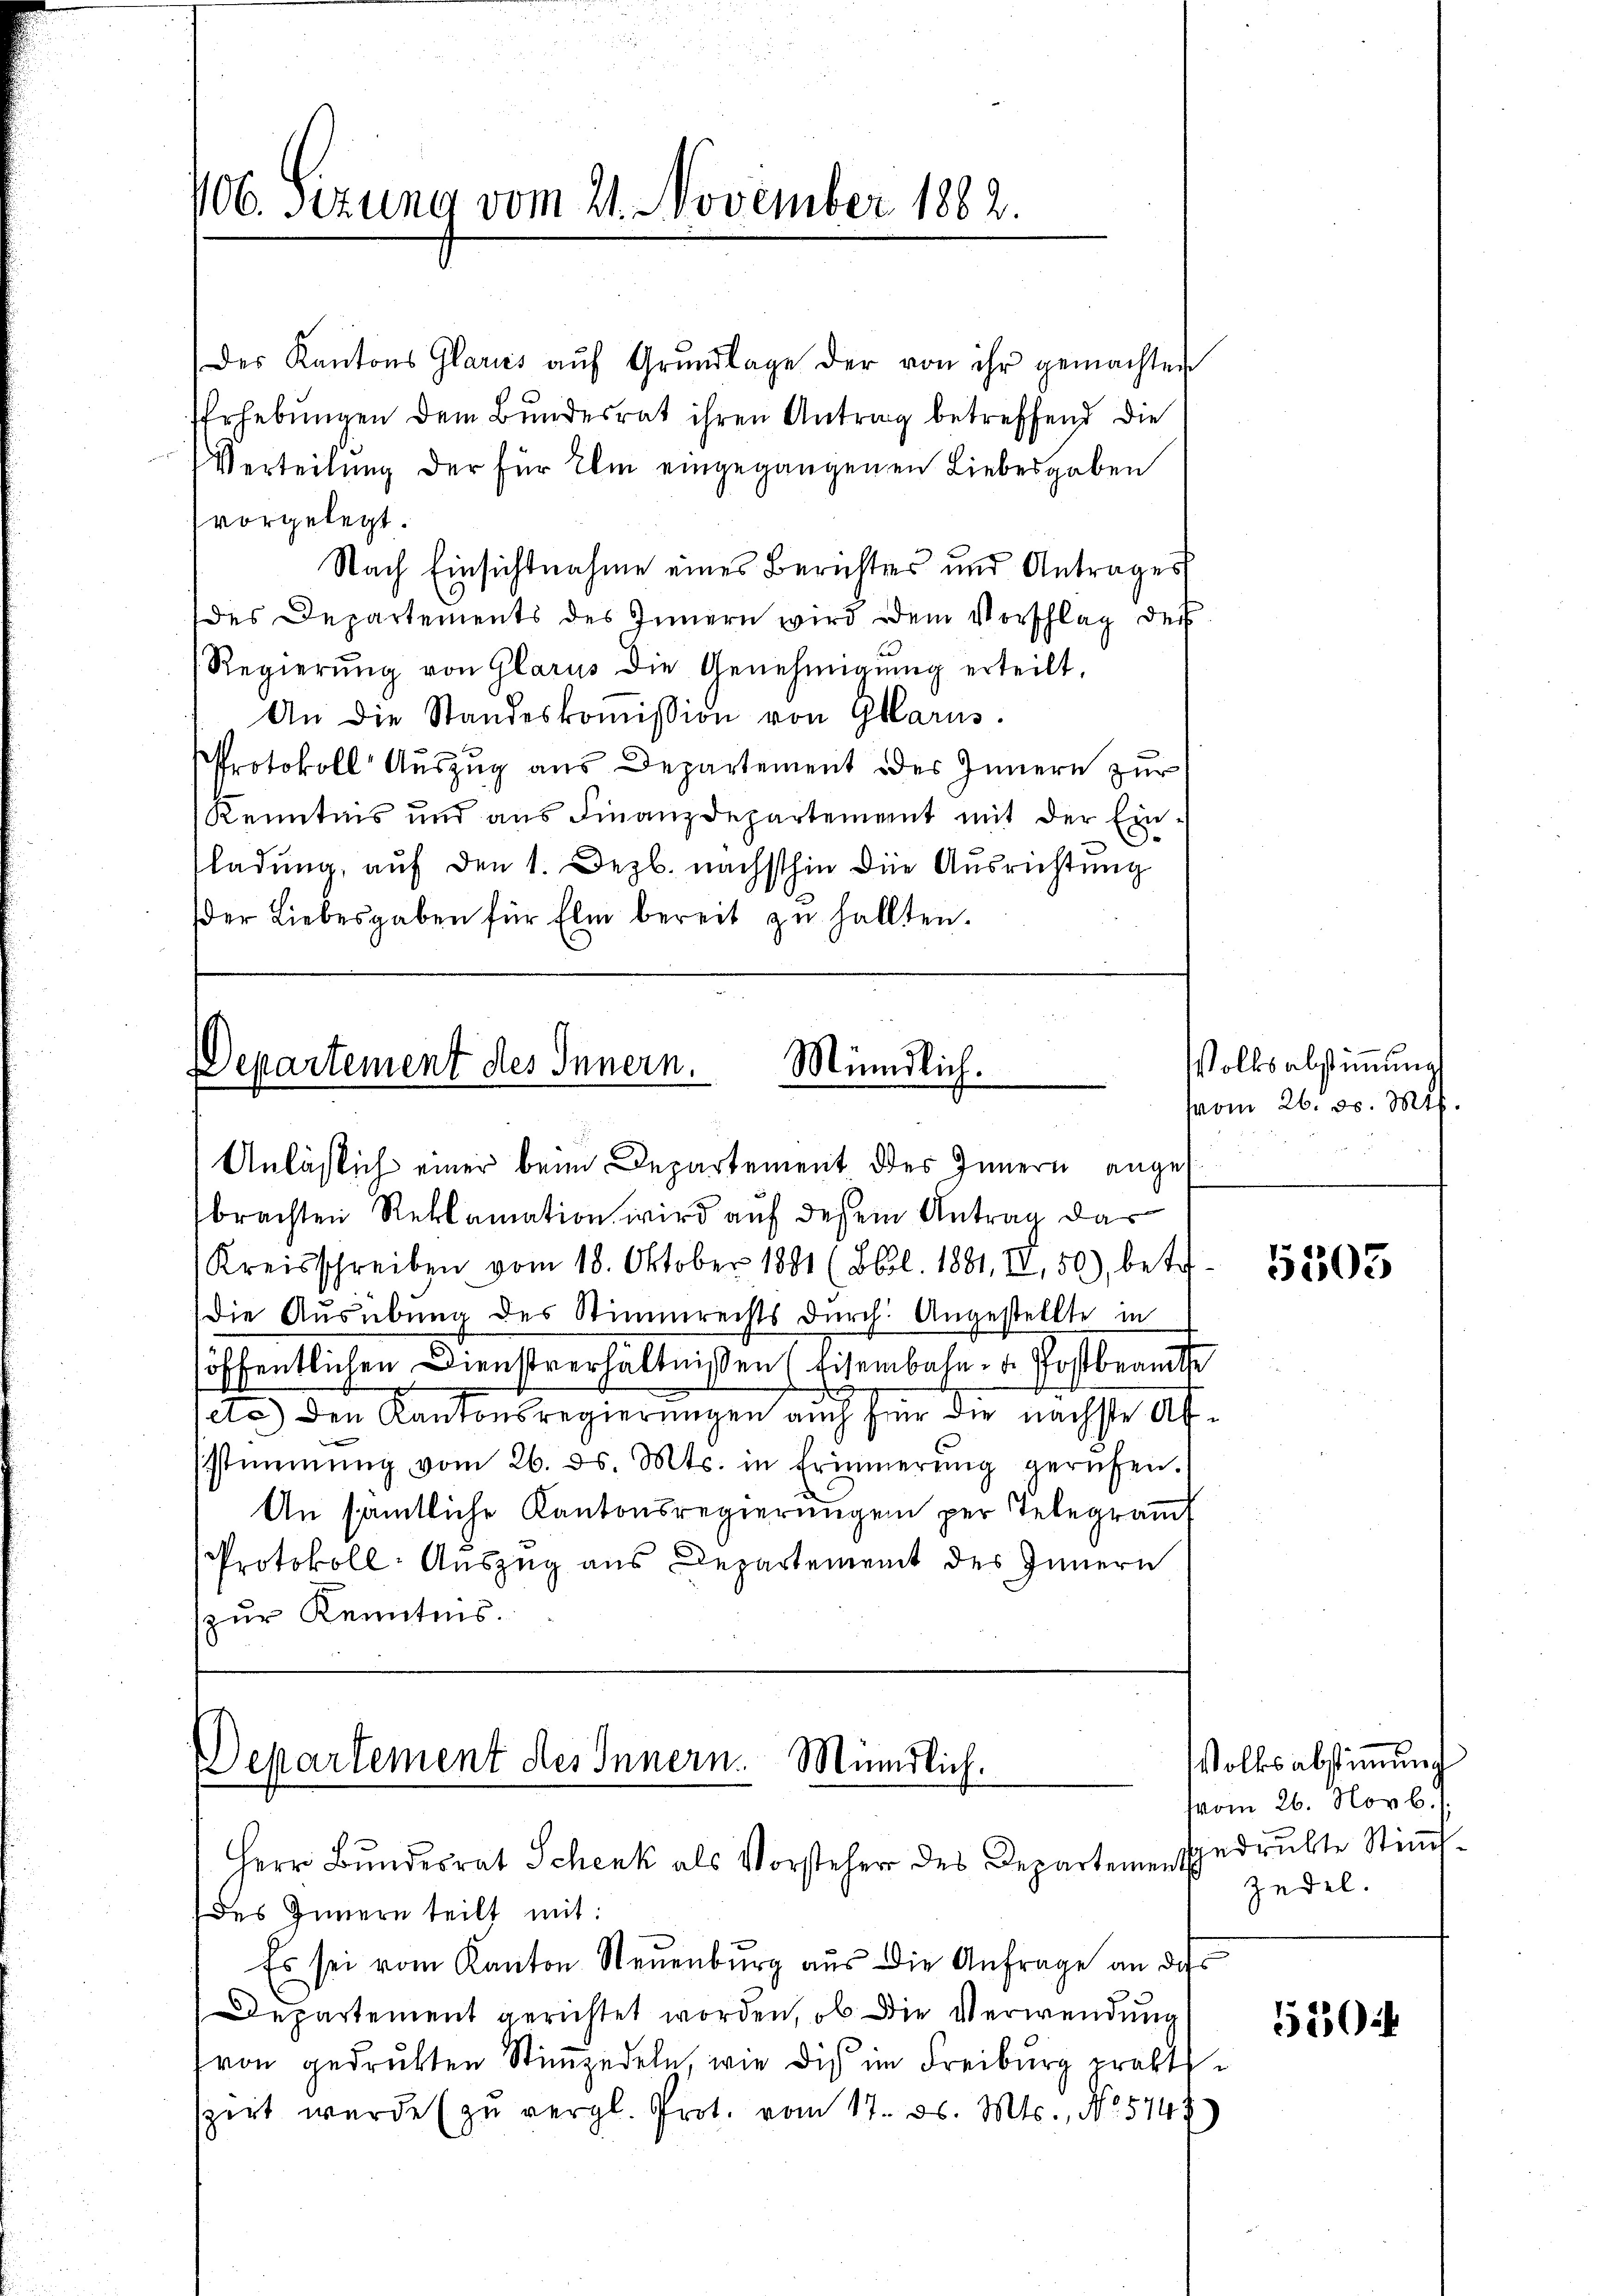
406. sezung vom 21. November 1882.

Der Kantons Glarus aŭf Grŭndlage der von ihr gemachten
Erhebungen dem Bundesrat ihren Antrag betreffend die
Verteilung der für Ihm eingegangenen Liebesgaben
vorgelegt.
Nach Einsichtnahme eines Berichtes und Antrages
des Departements des Innern wird dem Vorschlag der
Regierŭng von Glarus die Genehmigŭng erteilt.
An die Standeskoṁission von Glarus.
Protokoll Aŭszŭg aŭs Departement des Innern zŭr
Kenntnis und aus Finanzdepartement mit der Ein-
ladung, auf den 1. Dezb. nächsthin die Ausrichtung
der Liebesgaben für Elm bereit zŭ hallten.

Departement des Innern.
Mündlich.

Departement des Innern. Mündlich.
Herr Bundesrat Schenk als Vorsteher des Departemen spedruckte Stimmt

Anläßlich einer beim Departement des Innern angebrachten Reklamation wird auf dessem Antrag dar
(Kreisschreiben vom 18. Oktober 1881 (Bl. 1881, II, 50), betr.
Die Ausübung des Stimmrechts durch Angestellte in
höffentlichen Dienstverhältnißen (Eisenbahn- u. Postbeamte
etc.) den Kantonsregierungen auch für die nächste Afsstimmung vom 26. ds. Mts. in Erinnerŭng gerufen.
An sämtliche Kantonsregierungen per Telegram
Protokoll-Auszug aus Departement des Innern
zur Kenntnis.

des Innern teilt mit:
Es sei vom Kanton Neuenburg aus die Anfrage an dass
Departement gerichtet worden, ob die Verwendung
von gedrukten Stimmzedeln, wie die im Freiburg praktsszeit wurde zŭ vergl. Prot. vom 17. ds. Mts., No 5747

Volksabstimmung
(vom 26. d. Mt

5503

Volksabstimmung
(vom 26. Novb. 1.
Zedel.

550